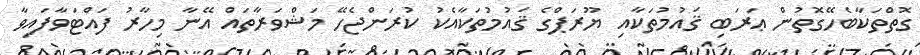
ގޮތްތަކާބެހޭގޮތުން ޢަރަބި ޤައުމުތަކާއި ޔޫރަޕްގެ ޤައުމުތަކާއެކު ކުރަންޖެހޭ މަޝްވަރާތައް އޭނާ މިހާރު ފައްޓަވާފައިވާ